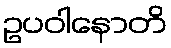
ဥပဝါနောတိ